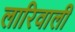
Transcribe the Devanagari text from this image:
लारिवाली